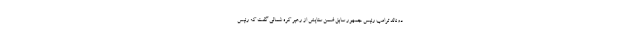
دونالد ترامپ رئیس جمهور سابق ضمن ستایش از رهبر کره شمالی گفت که رئیس